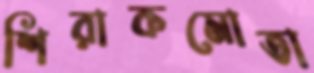
শিরাকমোতা